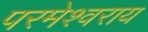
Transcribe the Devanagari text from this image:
परमेश्वराय